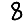
Digit: 8